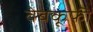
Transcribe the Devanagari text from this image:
वेबकूफी